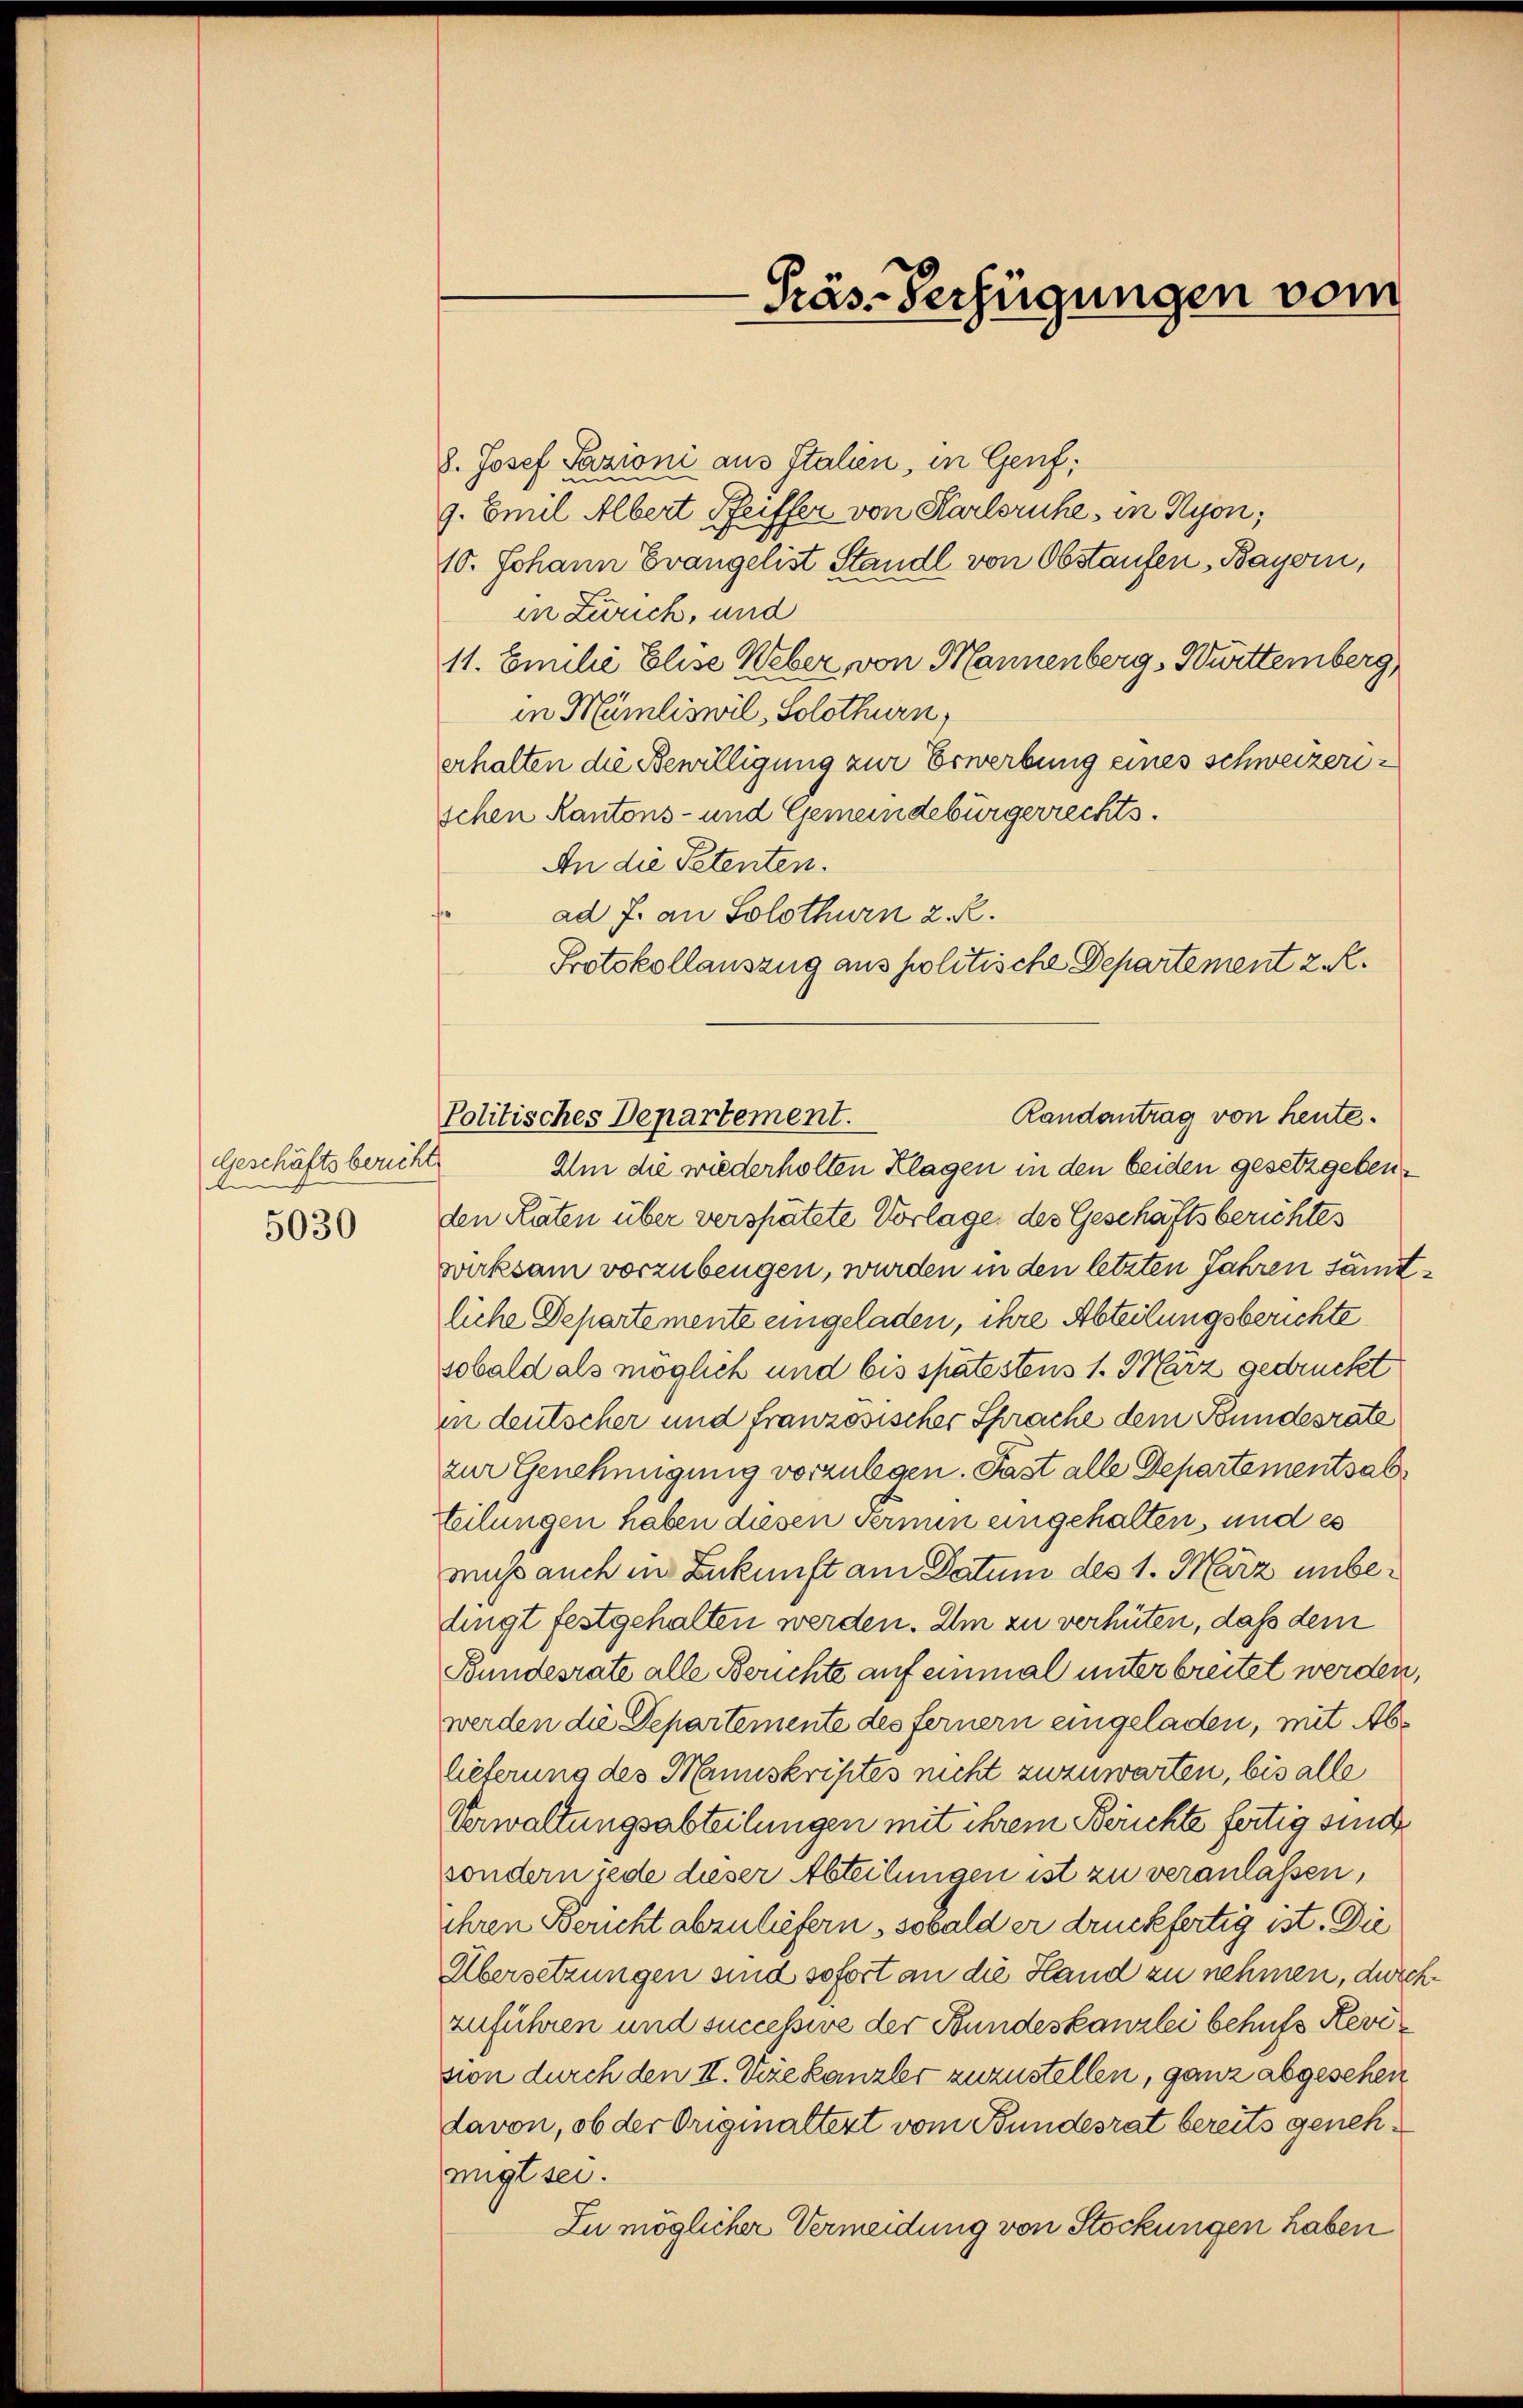
Geschäftsbericht
e
5030

8. Josef Pazioni aus Italien, in Genf,
9. Emil Albert Pfeiffer von Karlsruhe, in Nyon,
10. Johann Evangelist Standl von Obstaufen, Bayern,
in Zürich, und
11. Emilie Elise Weber, von Mannenberg, Württemberg,
in Münliswil, Solothurn,
erhalten die Bewilligung zur Erwerbung eines schweizerischen Kantons- und Gemeindebürgerrechts.
An die Petenten.
ad J. an Solothurn 2. R.
Protokollauszug aus politische Departement z. R.

Präs-Verfügungen vom

Randantrag von heute.
Politisches Departement.

Im die wiederholten Klagen in den beiden gesetzgebenden Räten über verspätete Vorlage des Geschäftsberichtes
worksam vorzubeugen, wurden in den letzten Jahren sämtliche Departemente eingeladen, ihre Abteilungsberichte
sobald als möglich und bis spätestens 1. März gedruckt
in deutscher und französischer Sprache dem Bundesrate
zur Genehmigung vorzulegen. Past alle Departementsab¬
Teilungen haben disen sermin eingehalten, und es
muss auch in Zukunft am Datum des 1. März unbedingt festgehalten werden. Im zu verhüten, daß dem
Bundesrate alle Berichte auf einmal unterbreitet werden,
werden die Departemente des fernern eingeladen, mit Ablieferung des Manuskriptes nicht zuzuwarten, bis alle
Verwaltungsabteilungen mit ihrem Berichte fertig sind
sondern jede dieser Abteilungen ist zu veranlassen,
ihren Bericht abzuliefern, sobald er druckfertig ist. Die
Übersetzungen sind sofort an die Hand zu nehmen, durchzuführen und successive der Bundeskanzlei behufs Revision durch den II. Wie kanzler zuzustellen, ganz abgesehen
davon, ob der Originaltert vom Bundesrat bereits genehmigt sei.
Zu möglicher Vermeidung von Stockungen haben